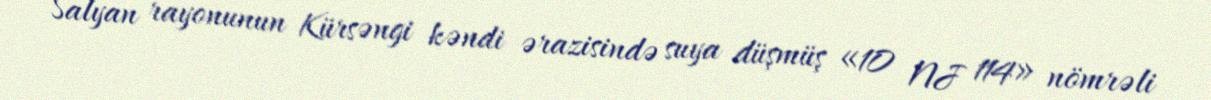
Salyan rayonunun Kürsəngi kəndi ərazisində suya düşmüş «10 NJ 114» nömrəli